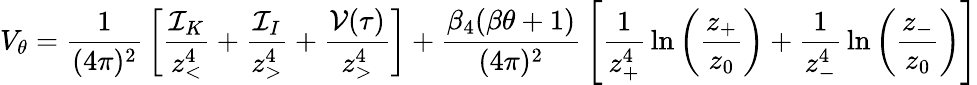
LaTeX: V_{\theta}={\frac{1}{(4\pi)^{2}}}\left[{\frac{{\cal I}_{K}}{z_{<}^{4}}}+{\frac{{\cal I}_{I}}{z_{>}^{4}}}+{\frac{{\cal V}(\tau)}{z_{>}^{4}}}\right]+{\frac{\beta_{4}(\beta\theta+1)}{(4\pi)^{2}}}\left[{\frac{1}{z_{+}^{4}}}\ln\left({\frac{z_{+}}{z_{0}}}\right)+{\frac{1}{z_{-}^{4}}}\ln\left({\frac{z_{-}}{z_{0}}}\right)\right]